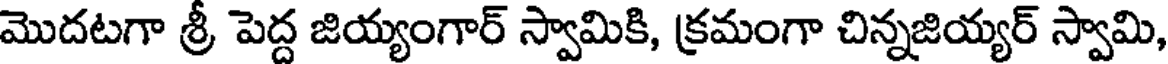
మొదటగా శ్రీ పెద్ద జియ్యంగార్ స్వామికి, క్రమంగా చిన్నజియ్యర్ స్వామి,